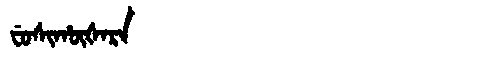
Manchu: ᠸᡠᠰᡳᡥᡡᡧᠠᡵᠠ
Romanization: FUSIHŪŠARA